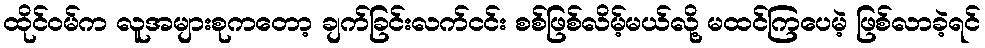
ထိုင်ဝမ်က လူအများစုကတော့ ချက်ခြင်းလက်ငင်း စစ်ဖြစ်လိမ့်မယ်လို့ မထင်ကြပေမဲ့ ဖြစ်လာခဲ့ရင်